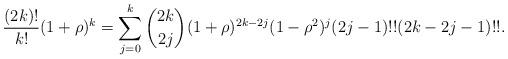
LaTeX: \begin{align*}\frac{(2k)!}{k!}(1+\rho )^{k}=\sum_{j=0}^{k}\binom{2k}{2j}(1+\rho)^{2k-2j}(1-\rho ^{2})^{j}(2j-1)!!(2k-2j-1)!!. \end{align*}